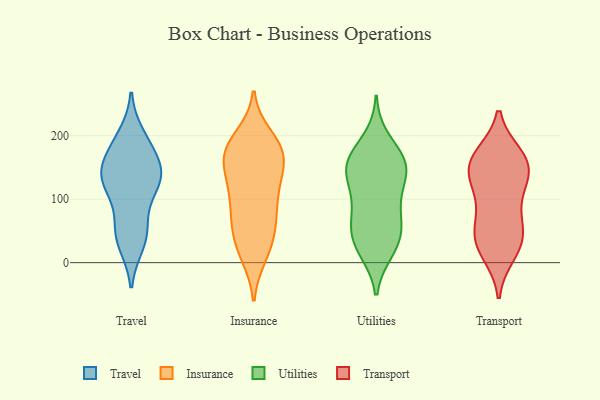
{"axis": {"x": "Page Views", "y": "Value"}, "legend": ["Insurance", "Transport", "Travel", "Utilities"], "data": [{"x": "", "y": 30, "type": "Travel"}, {"x": "", "y": 177, "type": "Travel"}, {"x": "", "y": 186, "type": "Travel"}, {"x": "", "y": 133, "type": "Travel"}, {"x": "", "y": 60, "type": "Travel"}, {"x": "", "y": 130, "type": "Travel"}, {"x": "", "y": 136, "type": "Travel"}, {"x": "", "y": 116, "type": "Travel"}, {"x": "", "y": 124, "type": "Travel"}, {"x": "", "y": 37, "type": "Travel"}, {"x": "", "y": 199, "type": "Travel"}, {"x": "", "y": 53, "type": "Travel"}, {"x": "", "y": 157, "type": "Travel"}, {"x": "", "y": 142, "type": "Travel"}, {"x": "", "y": 74, "type": "Insurance"}, {"x": "", "y": 173, "type": "Insurance"}, {"x": "", "y": 186, "type": "Insurance"}, {"x": "", "y": 12, "type": "Insurance"}, {"x": "", "y": 117, "type": "Insurance"}, {"x": "", "y": 177, "type": "Insurance"}, {"x": "", "y": 111, "type": "Insurance"}, {"x": "", "y": 27, "type": "Insurance"}, {"x": "", "y": 16, "type": "Insurance"}, {"x": "", "y": 67, "type": "Insurance"}, {"x": "", "y": 198, "type": "Insurance"}, {"x": "", "y": 161, "type": "Insurance"}, {"x": "", "y": 48, "type": "Insurance"}, {"x": "", "y": 177, "type": "Insurance"}, {"x": "", "y": 138, "type": "Insurance"}, {"x": "", "y": 94, "type": "Insurance"}, {"x": "", "y": 59, "type": "Insurance"}, {"x": "", "y": 159, "type": "Insurance"}, {"x": "", "y": 177, "type": "Insurance"}, {"x": "", "y": 125, "type": "Insurance"}, {"x": "", "y": 106, "type": "Utilities"}, {"x": "", "y": 146, "type": "Utilities"}, {"x": "", "y": 141, "type": "Utilities"}, {"x": "", "y": 88, "type": "Utilities"}, {"x": "", "y": 195, "type": "Utilities"}, {"x": "", "y": 167, "type": "Utilities"}, {"x": "", "y": 149, "type": "Utilities"}, {"x": "", "y": 159, "type": "Utilities"}, {"x": "", "y": 61, "type": "Utilities"}, {"x": "", "y": 67, "type": "Utilities"}, {"x": "", "y": 54, "type": "Utilities"}, {"x": "", "y": 18, "type": "Utilities"}, {"x": "", "y": 40, "type": "Utilities"}, {"x": "", "y": 149, "type": "Utilities"}, {"x": "", "y": 163, "type": "Utilities"}, {"x": "", "y": 18, "type": "Utilities"}, {"x": "", "y": 34, "type": "Utilities"}, {"x": "", "y": 113, "type": "Utilities"}, {"x": "", "y": 36, "type": "Transport"}, {"x": "", "y": 75, "type": "Transport"}, {"x": "", "y": 20, "type": "Transport"}, {"x": "", "y": 139, "type": "Transport"}, {"x": "", "y": 109, "type": "Transport"}, {"x": "", "y": 118, "type": "Transport"}, {"x": "", "y": 169, "type": "Transport"}, {"x": "", "y": 158, "type": "Transport"}, {"x": "", "y": 46, "type": "Transport"}, {"x": "", "y": 39, "type": "Transport"}, {"x": "", "y": 136, "type": "Transport"}, {"x": "", "y": 62, "type": "Transport"}, {"x": "", "y": 166, "type": "Transport"}, {"x": "", "y": 166, "type": "Transport"}, {"x": "", "y": 14, "type": "Transport"}, {"x": "", "y": 149, "type": "Transport"}]}